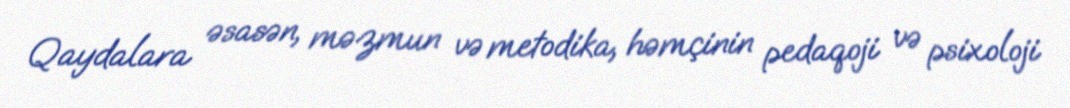
Qaydalara əsasən, məzmun və metodika, həmçinin pedaqoji və psixoloji